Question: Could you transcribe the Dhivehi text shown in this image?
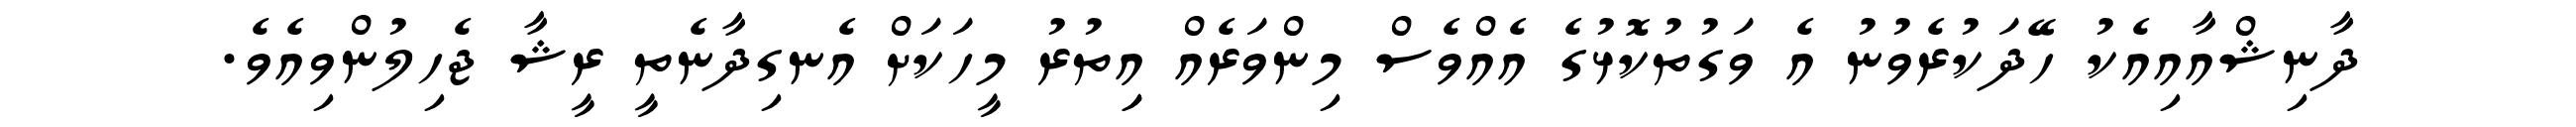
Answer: ދާނިޝްއާއިއެކު ހޭދަކުރެވުނު އެ ވަގުތުކޮޅުގެ އެއްވެސް މިންވަރެއް އިިތުރު މީހަކަށް އެނގިދާނެތީ ރީޝާ ޖެހިލުންވިއެވެ.